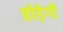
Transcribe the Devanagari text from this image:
तोड़ेगी